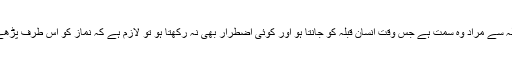
قبلہ سے مراد وہ سمت ہے جس وقت انسان قبلہ کو جانتا ہو اور کوئی اضطرار بھی نہ رکھتا ہو تو لازم ہے کہ نماز کو اس طرف پڑھے۔